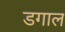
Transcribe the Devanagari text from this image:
डगाल